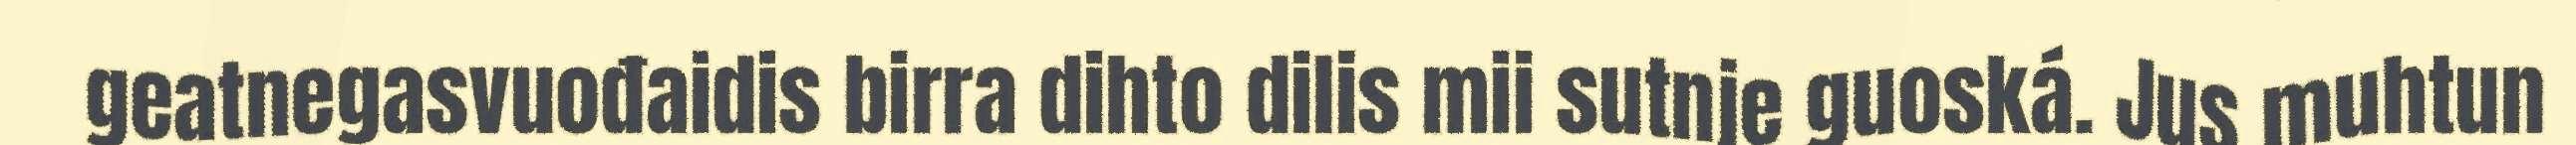
geatnegasvuođaidis birra dihto dilis mii sutnje guoská. Jus muhtun